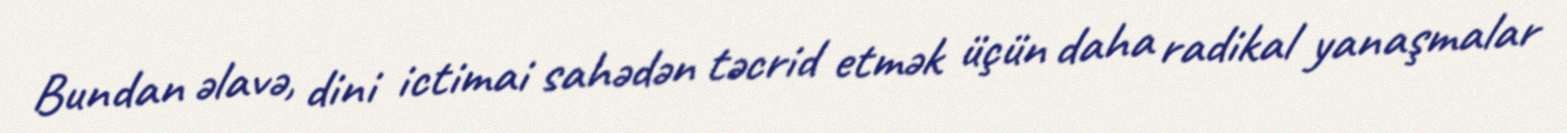
Bundan əlavə, dini ictimai sahədən təcrid etmək üçün daha radikal yanaşmalar